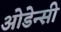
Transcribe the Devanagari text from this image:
ओडेन्सी